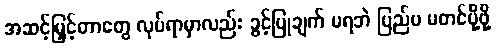
အဆင့်မြှင့်တာတွေ လုပ်ရာမှာလည်း ခွင့်ပြုချက် မရဘဲ ပြည်ပ မတင်ပို့ဖို့